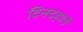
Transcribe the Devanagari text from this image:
दिनदह़ाडे